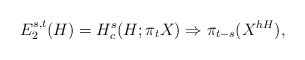
\begin{align*}E_2^{s,t}(H)=H^s_c(H; \pi_tX) \Rightarrow \pi_{t-s}(X^{hH}),\end{align*}